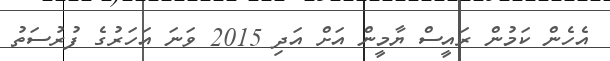
އެހެން ކަމުން ރައީސް ޔާމީން އަށް އަދި 2015 ވަނަ އަހަރުގެ ފުރުސަތު